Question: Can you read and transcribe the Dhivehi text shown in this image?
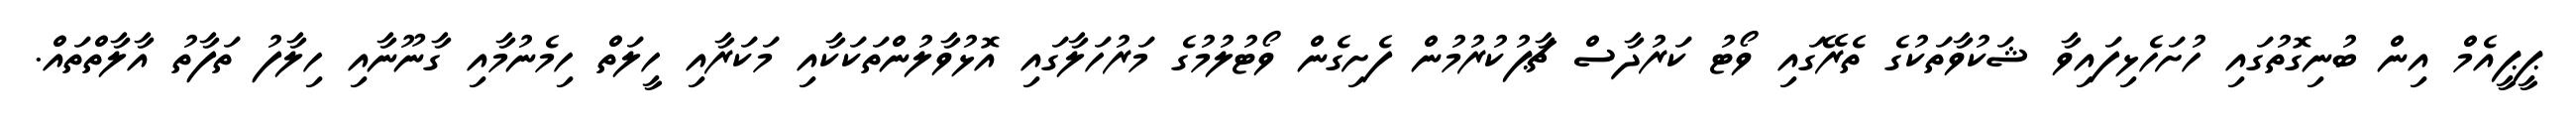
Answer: ޕީޕީއެމް އިން ބުނިގޮތުގައި ހުށަހެޅިފައިވާ ޝަކުވާތަކުގެ ތެރޭގައި ވޯޓު ކަރުދާސް ޗާޕުކުރުމުން ފެށިގެން ވޯޓުލުމުގެ މަރުހަލާގައި އޮޅުވާލުންތަކަކާއި މަކަރާއި ހީލަތް ހިމެނުމާއި ގާނޫނާއި ހިލާފު ތަފާތު އާލާތްތައް.